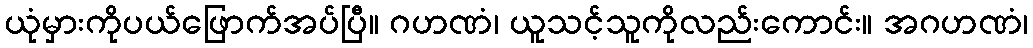
ယုံမှားကိုပယ်ဖြောက်အပ်ပြီ။ ဂဟဏံ၊ ယူသင့်သူကိုလည်းကောင်း။ အဂဟဏံ၊